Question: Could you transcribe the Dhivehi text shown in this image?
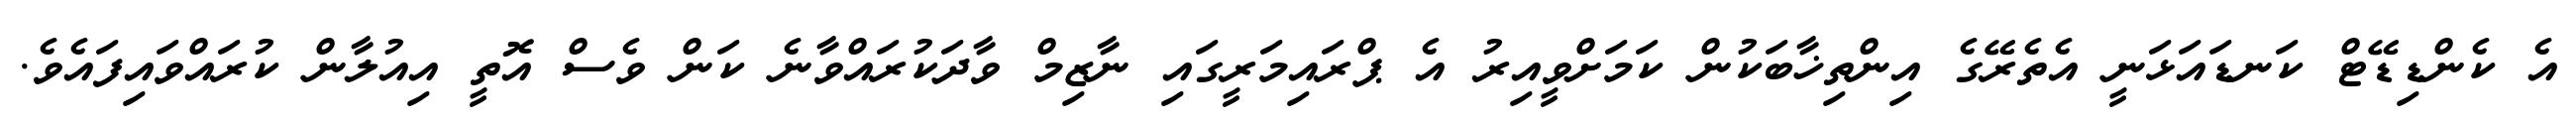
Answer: އެ ކެންޑިޑޭޓް ކަނޑައަޅަނީ އެތެރޭގެ އިންތިޚާބަކުން ކަމަށްވީއިރު އެ ޕްރައިމަރީގައި ނާޒިމް ވާދަކުރައްވާނެ ކަން ވެސް އޮތީ އިއުލާން ކުރައްވައިފައެވެ.